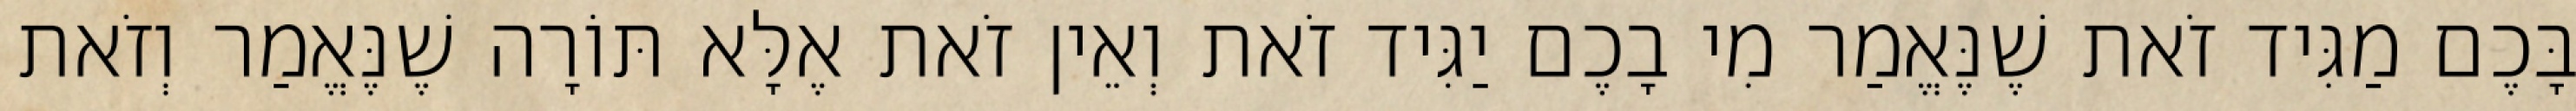
בָּכֶם מַגִּיד זֹאת שֶׁנֶּאֱמַר מִי בָכֶם יַגִּיד זֹאת וְאֵין זֹאת אֶלָּא תּוֹרָה שֶׁנֶּאֱמַר וְזֹאת